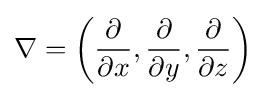
\nabla =\left({\frac {\partial }{\partial x}},{\frac {\partial }{\partial y}},{\frac {\partial }{\partial z}}\right)